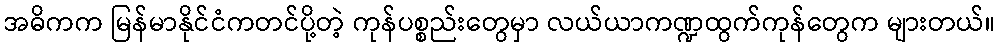
အဓိကက မြန်မာနိုင်ငံကတင်ပို့တဲ့ ကုန်ပစ္စည်းတွေမှာ လယ်ယာကဏ္ဍထွက်ကုန်တွေက များတယ်။